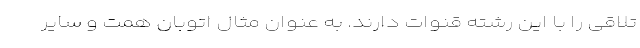
تلاقی را با این رشته قنوات دارند. به عنوان مثال اتوبان همت و سایر